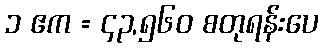
၁ ဧက = ၄၃,၅၆၀ စတုရန်းပေ